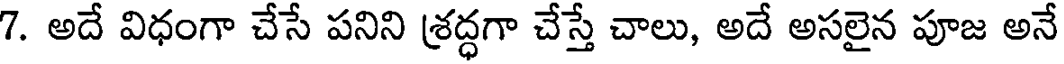
7. అదే విధంగా చేసే పనిని శ్రద్ధగా చేస్తే చాలు, అదే అసలైన పూజ అనే